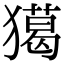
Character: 獦